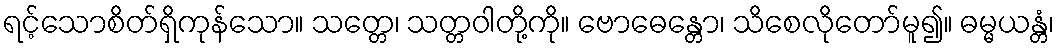
ရင့်သောစိတ်ရှိကုန်သော။ သတ္တေ၊ သတ္တဝါတို့ကို။ ဗောဓေန္တော၊ သိစေလိုတော်မူ၍။ ဓမ္မယန္တံ၊